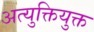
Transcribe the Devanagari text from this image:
अत्युक्तियुक्त